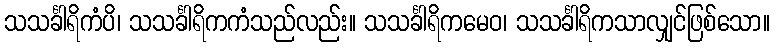
သသင်္ခါရိကံပိ၊ သသင်္ခါရိကကံသည်လည်း။ သသင်္ခါရိကမေဝ၊ သသင်္ခါရိကသာလျှင်ဖြစ်သော။